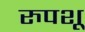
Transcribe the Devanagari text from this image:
रुपशू